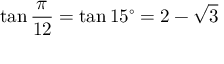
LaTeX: \tan { \frac { \pi } { 1 2 } } = \tan 1 5 ^ { \circ } = 2 - { \sqrt { 3 } }